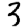
Digit: 3